Madras plague regulations and rules - Volume 2
Disease focus: Plague
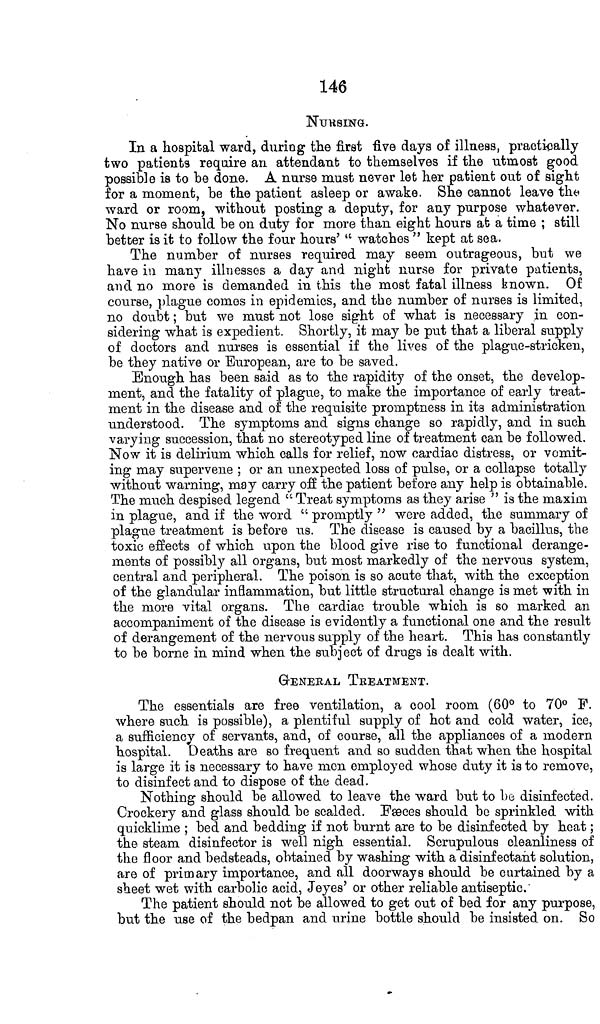
146
NURSING.
In a hospital ward, during the first five days of illness, practically
two patients require an attendant to themselves if the utmost good
possible is to be done. A nurse must never let her patient out of sight
for a moment, be the patient asleep or awake. She cannot leave the
ward or room, without posting a deputy, for any purpose whatever.
No nurse should be on duty for more than eight hours at a time ; still
better is it to follow the four hours' " watches " kept at sea.
The number of nurses required may seem outrageous, but we
have in many illnesses a day and night nurse for private patients,
and no more is demanded in this the most fatal illness known. Of
course, plague comes in epidemics, and the number of nurses is limited,
no doubt ; but we must not lose sight of what is necessary in con-
sidering what is expedient. Shortly, it may be put that a liberal supply
of doctors and nurses is essential if the lives of the plague-stricken,
be they native or European, are to be saved.
Enough has been said as to the rapidity of the onset, the develop-
ment, and the fatality of plague, to make the importance of early treat-
ment in the disease and of the requisite promptness in its administration
understood. The symptoms and signs change so rapidly, and in such
varying succession, that no stereotyped line of treatment can be followed.
Now it is delirium which calls for relief, now cardiac distress, or vomit-
ing may supervene ; or an unexpected loss of pulse, or a collapse totally
without warning, may carry off the patient before any help is obtainable.
The much despised legend " Treat symptoms as they arise " is the maxim
in plague, and if the word " promptly " were added, the summary of
plague treatment is before us. The disease is caused by a bacillus, the
toxic effects of which upon the blood give rise to functional derange-
ments of possibly all organs, but most markedly of the nervous system,
central and peripheral. The poison is so acute that, with the exception
of the glandular inflammation, but little structural change is met with in
the more vital organs. The cardiac trouble which is so marked an
accompaniment of the disease is evidently a functional one and the result
of derangement of the nervous supply of the heart. This has constantly
to be borne in mind when the subject of drugs is dealt with.
GENERAL TREATMENT.
The essentials are free ventilation, a cool room (60° to 70° F.
where such is possible), a plentiful supply of hot and cold water, ice,
a sufficiency of servants, and, of course, all the appliances of a modern
hospital. Deaths are so frequent and so sudden that when the hospital
is large it is necessary to have men employed whose duty it is to remove,
to disinfect and to dispose of the dead.
Nothing should be allowed to leave the ward but to be disinfected.
Crockery and glass should be scalded. Fæces should be sprinkled with
quicklime ; bed and bedding if not burnt are to be disinfected by heat ;
the steam disinfector is well nigh essential. Scrupulous cleanliness of
the floor and bedsteads, obtained by washing with a disinfectant solution,
are of primary importance, and all doorways should be curtained by a
sheet wet with carbolic acid, Jeyes' or other reliable antiseptic.
The patient should not be allowed to get out of bed for any purpose,
but the use of the bedpan and urine bottle should be insisted on. So